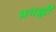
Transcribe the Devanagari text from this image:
प्रवह्ली